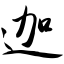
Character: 迦